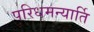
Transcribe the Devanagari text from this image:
परिधमन्यार्ति